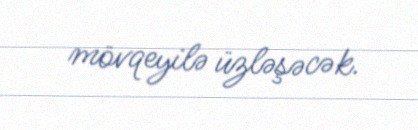
mövqeyilə üzləşəcək.